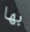
بها